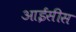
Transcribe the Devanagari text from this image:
आईसीस